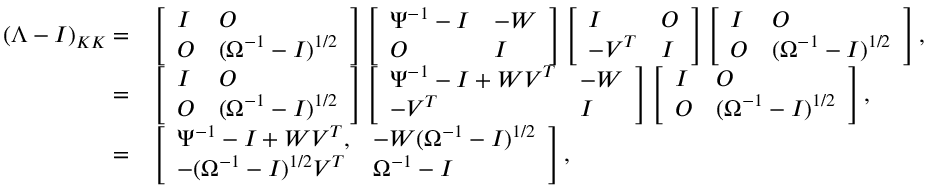
\begin{array} { r l } { ( \Lambda - I ) _ { K K } = } & { \left[ \begin{array} { l l } { I } & { O } \\ { O } & { ( \Omega ^ { - 1 } - I ) ^ { 1 / 2 } } \end{array} \right] \left[ \begin{array} { l l } { \Psi ^ { - 1 } - I } & { - W } \\ { O } & { I } \end{array} \right] \left[ \begin{array} { l l } { I } & { O } \\ { - V ^ { T } } & { I } \end{array} \right] \left[ \begin{array} { l l } { I } & { O } \\ { O } & { ( \Omega ^ { - 1 } - I ) ^ { 1 / 2 } } \end{array} \right] , } \\ { = } & { \left[ \begin{array} { l l } { I } & { O } \\ { O } & { ( \Omega ^ { - 1 } - I ) ^ { 1 / 2 } } \end{array} \right] \left[ \begin{array} { l l } { \Psi ^ { - 1 } - I + W V ^ { T } } & { - W } \\ { - V ^ { T } } & { I } \end{array} \right] \left[ \begin{array} { l l } { I } & { O } \\ { O } & { ( \Omega ^ { - 1 } - I ) ^ { 1 / 2 } } \end{array} \right] , } \\ { = } & { \left[ \begin{array} { l l } { \Psi ^ { - 1 } - I + W V ^ { T } , } & { - W ( \Omega ^ { - 1 } - I ) ^ { 1 / 2 } } \\ { - ( \Omega ^ { - 1 } - I ) ^ { 1 / 2 } V ^ { T } } & { \Omega ^ { - 1 } - I } \end{array} \right] , } \end{array}